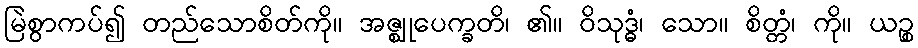
မြဲစွာကပ်၍ တည်သောစိတ်ကို။ အဇ္ဈုပေက္ခတိ၊ ၏။ ဝိသုဒ္ဓံ၊ သော။ စိတ္တံ၊ ကို။ ယဉ္စ